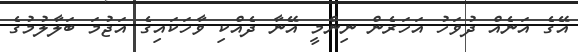
އޭގެ އަނެއް ދުވަހު އަހަރެން ނިންމީ އޭނާ ދެއްކި ވާހަކައިގެ އަޖުމަ ބަލާލުމުގެ